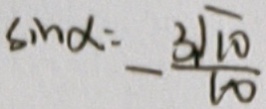
\sin \alpha : - \frac { 3 \sqrt { 1 0 } } { 1 0 }